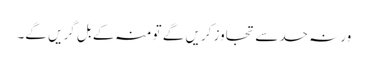
ورنہ حد سے تجاوز کریں گے تو منہ کے بل گریں گے۔